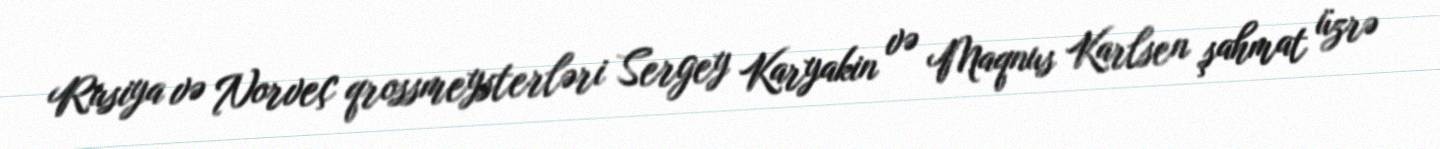
Rusiya və Norveç qrossmeysterləri Sergey Karyakin və Maqnus Karlsen şahmat üzrə